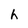
Character: h